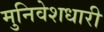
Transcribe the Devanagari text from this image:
मुनिवेशधारी